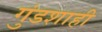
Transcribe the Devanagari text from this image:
गुंडशाही